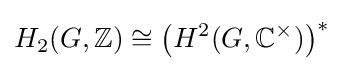
H_{2}(G,\mathbb {Z} )\cong {\bigl (}H^{2}(G,\mathbb {C} ^{\times }){\bigr )}^{*}